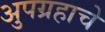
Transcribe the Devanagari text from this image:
अुपग्रहाचे